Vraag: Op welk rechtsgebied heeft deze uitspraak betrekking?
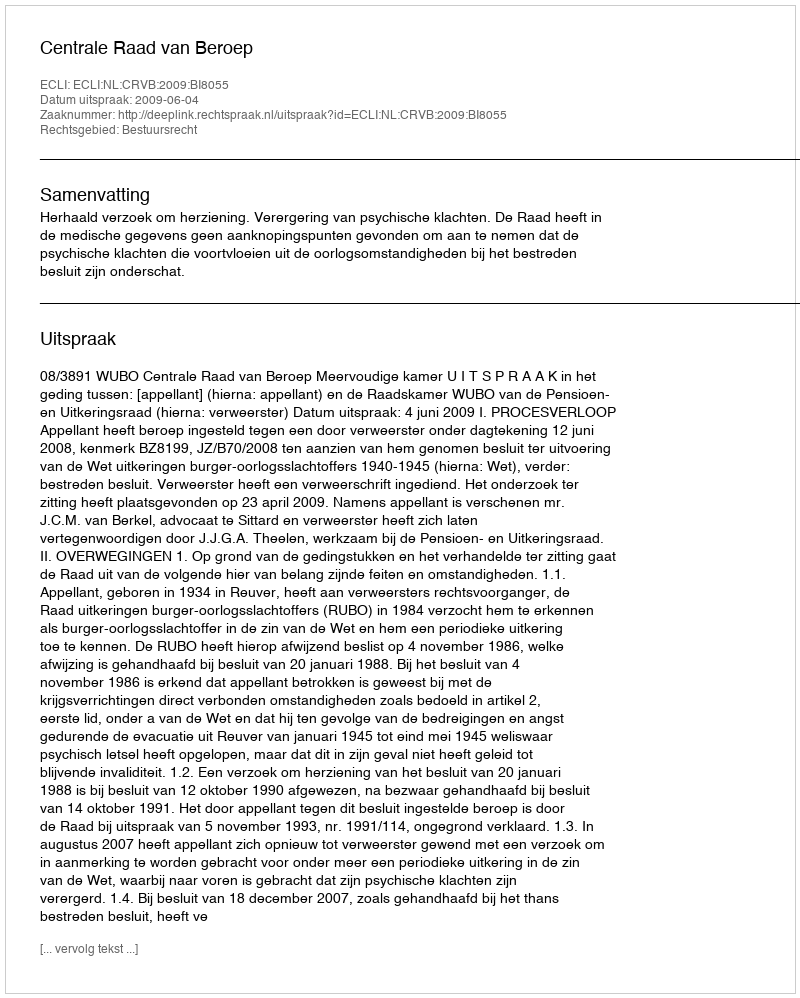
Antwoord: Bestuursrecht